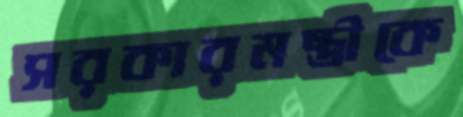
সরকারমন্ত্রীকে